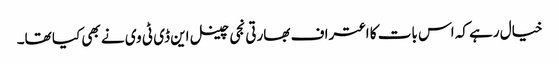
خیال رہے کہ اس بات کا اعتراف بھارتی نجی چینل این ڈی ٹی وی نے بھی کیا تھا۔